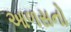
આળસનો